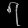
Digit: ၇